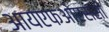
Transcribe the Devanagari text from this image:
आयएफओएससी